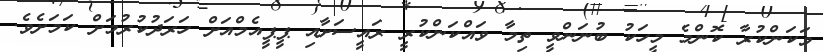
ވަކަންކުރާ ކޮންމެ މީހަކު ބުނަންވީ ތިމާ ވައްކަންކުރީ ރައީސަށާއި ޕީޕީއެމްއަށް ހަރަދުކުރުމަށް ކަމަށެވެ.